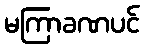
မကြာခဏပင်